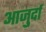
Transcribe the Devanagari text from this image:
आजु़र्दा